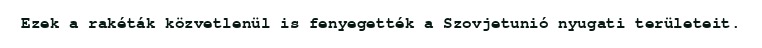
Ezek a rakéták közvetlenül is fenyegették a Szovjetunió nyugati területeit.